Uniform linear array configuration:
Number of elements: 12
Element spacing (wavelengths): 0.75
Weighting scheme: exponential
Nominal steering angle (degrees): -45
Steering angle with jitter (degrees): -43.285
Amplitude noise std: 0.05
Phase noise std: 0.05

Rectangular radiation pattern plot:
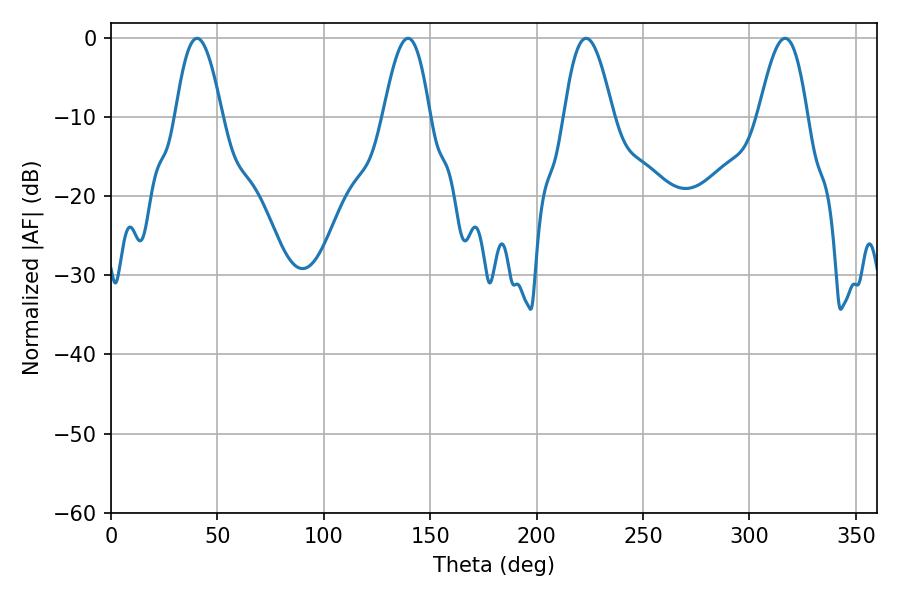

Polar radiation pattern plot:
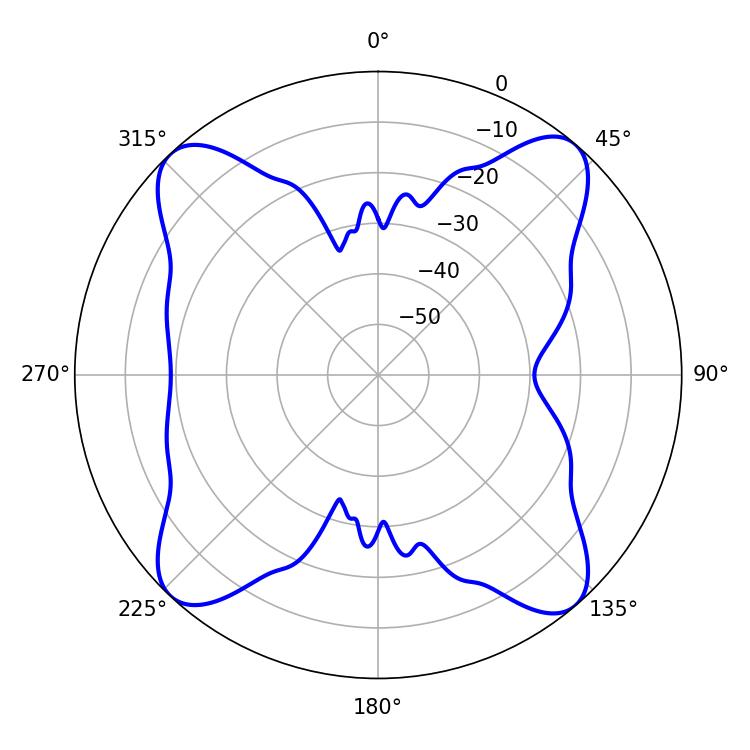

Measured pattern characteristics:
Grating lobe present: TRUE
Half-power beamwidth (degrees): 12.42
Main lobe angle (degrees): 223.2